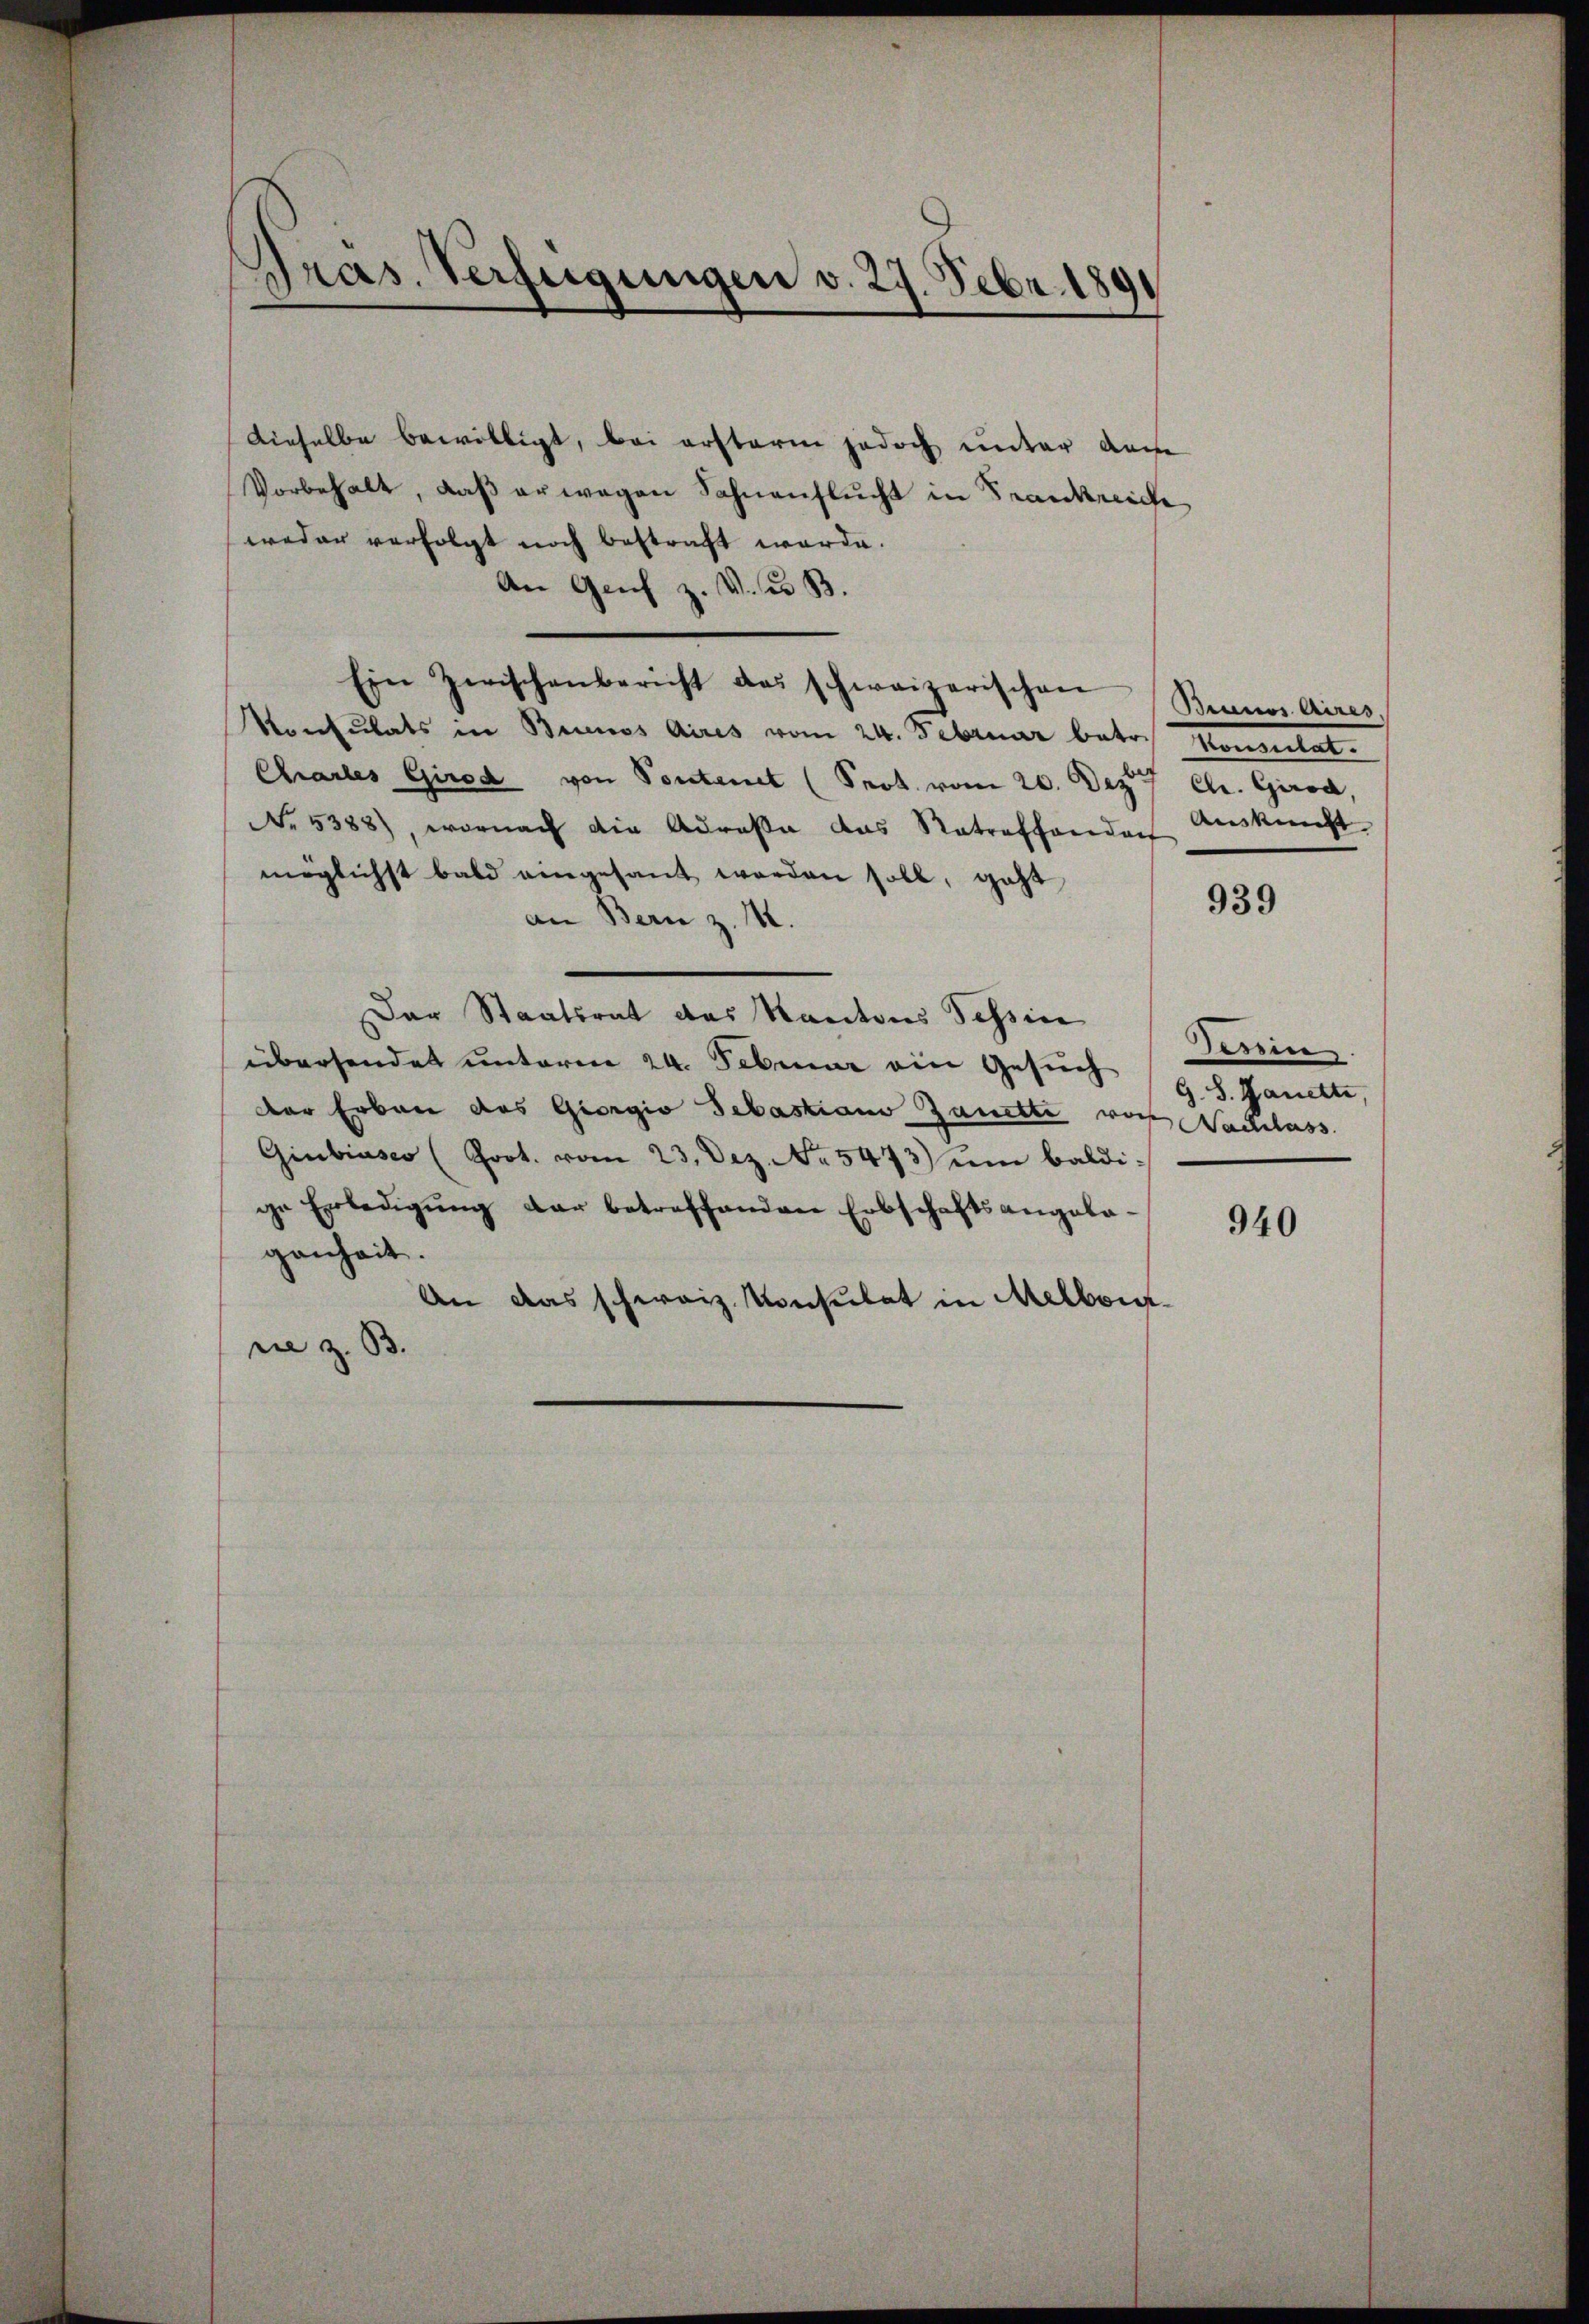
Pras. Verfügungen v. 27. Febr. 1891

Dieselbe bewilligt, bei ersterm jedoch unter dase
Vorbehalt, daβ er wegen Sohnenflŭcht in Frankreiche
weder verfolgt noch bestraft werde.
An Genf z. V. u. B.
Ein Zwischenbericht das schweizerischen Bennos Aires,
Konsulats in Buenos Aires vom 24. Februar betr.
Chartes Girod von Pontenet (Prot. vom 20. Dez. 7 Chr. Girod,
No 5388), wornach die Adressa das Retreffenden Auskunft
möglichst bald eingesant worden soll, geht
an Bern z. M.
Der Staatsrat des Kantons Tessin
übersendet unterm 24. Februar ein Gesuch
der Erbau das Giorgio Sebastian Zanette von Nachlass
Giubiasco (Poot. vom 23. Dez. No. 5473) um baldi-
ge Erledigŭng dar betreffenden Erbschaftsangela-
genheit.
An das schweiz. Konsulat in Melbour
rie z. 33.

tementat.

939

Tessin.
G. 8. Janette

940